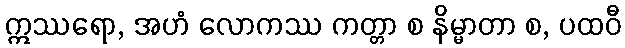
ဣဿရော, အဟံ လောကဿ ကတ္တာ စ နိမ္မာတာ စ, ပထဝီ